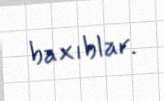
baxıblar.